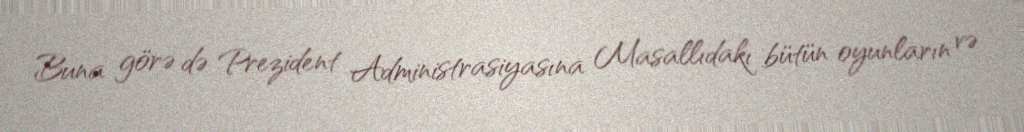
Buna görə də Prezident Administrasiyasına Masallıdakı bütün oyunların və